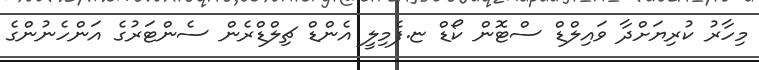
މިހާރު ކުރިޔަށްދާ ވައިލްޑް ސްޓޮން ކޯޑް ޏ.ފެމިލީ އެންޑް ޗިލްޑްރެން ސެންޓަރުގެ އަންހެނުންގެ